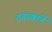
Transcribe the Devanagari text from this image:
दवाखानें